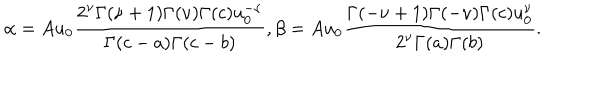
\alpha = A u _ { 0 } { \frac { 2 ^ { \nu } \Gamma ( \nu + 1 ) \Gamma ( \nu ) \Gamma ( c ) u _ { 0 } ^ { - \nu } } { \Gamma ( c - a ) \Gamma ( c - b ) } } , \beta = A u _ { 0 } { \frac { \Gamma ( - \nu + 1 ) \Gamma ( - \nu ) \Gamma ( c ) u _ { 0 } ^ { \nu } } { 2 ^ { \nu } \Gamma ( a ) \Gamma ( b ) } } .